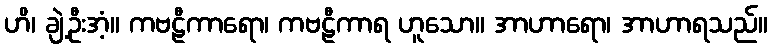
ဟိ၊ ချဲ့ဦးအံ့။ ကဗဠီကာရော၊ ကဗဠီကာရ ဟူသော။ အာဟာရော၊ အာဟာရသည်။